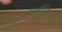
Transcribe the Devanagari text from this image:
कॉनसॉर्शियम